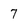
Character: 7